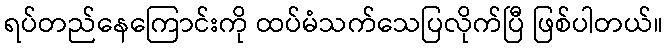
ရပ်တည်နေကြောင်းကို ထပ်မံသက်သေပြလိုက်ပြီ ဖြစ်ပါတယ်။